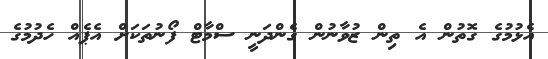
އެޅުމުގެ ގޮތުން އެ ތިން ޒުވާނުން ގެންދަނީ ސްމާޓް ފޯނުތަކަށް އެޕެއް ހެދުމުގެ